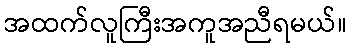
အထက်လူကြီးအကူအညီရမယ်။